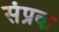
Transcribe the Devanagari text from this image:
संप्रक